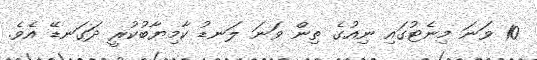
10 ވަނަ މިނެޓުގައި ނިއުގެ ތިން ވަނަ ލަނޑު ކާމިޔާބުކުރީ ދަގަނޑޭ އެވެ.